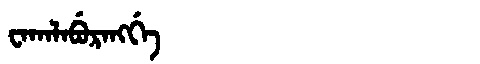
Manchu: ᠸᠠᡴᠠᠯᠠᠪᡠᡵᠠᠩᡤᡝ
Romanization: WAKALABURANGGE